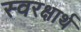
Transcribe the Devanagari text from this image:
स्वरक्षार्थ